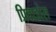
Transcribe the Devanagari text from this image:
प्रिवाडोस